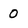
Character: 0